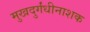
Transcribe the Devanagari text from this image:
मुखदुर्गंधीनाशक